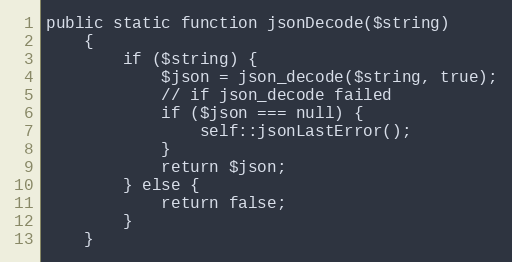
Language: PHP
public static function jsonDecode($string)
    {
        if ($string) {
            $json = json_decode($string, true);
            // if json_decode failed
            if ($json === null) {
                self::jsonLastError();
            }
            return $json;
        } else {
            return false;
        }
    }